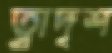
ত্বাদৃশ